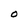
Character: O